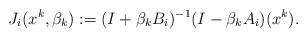
LaTeX: \begin{align*}{}J_i(x^k,\beta_{k}):=(I+\beta_{k}B_i)^{-1}(I-\beta_{k}A_i)(x^{k}).\end{align*}